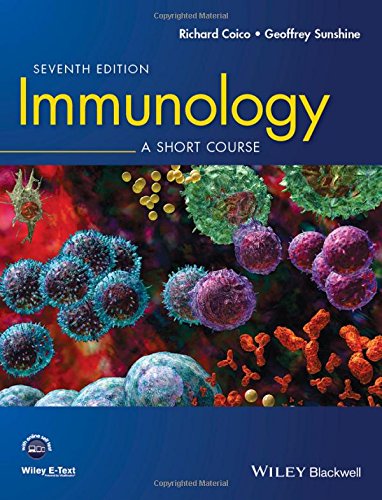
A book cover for Immunology: A Short Course (Coico, Immunology); Richard Coico; Medical Books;